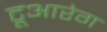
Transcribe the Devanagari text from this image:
टूआरेग